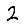
Digit: 2